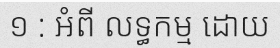
១ : អំពី លទ្ធកម្ម ដោយ